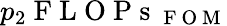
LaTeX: p_{2}\mathrm{~F~L~O~P~s~}_{\mathrm{~F~O~M~}}